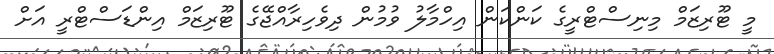
މީ ޓޫރިޒަމް މިނިސްޓްރީގެ ކަންކަން އިހްމާލު ވުމުން ދިވެހިރާއްޖޭގެ ޓޫރިޒަމް އިންޑަސްޓްރީ އަށް